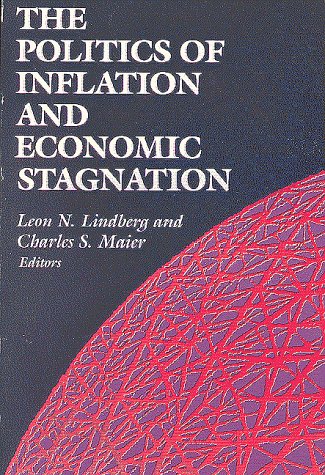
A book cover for The Politics of Inflation and Economic Stagnation; Leon N. Lindberg; Business & Money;